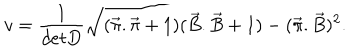
LaTeX: v = \frac { 1 } { d e t D } \sqrt { ( \vec { \pi } . \vec { \pi } + 1 ) ( \vec { B } . \vec { B } + 1 ) - ( \vec { \pi } . \vec { B } ) ^ { 2 } } .